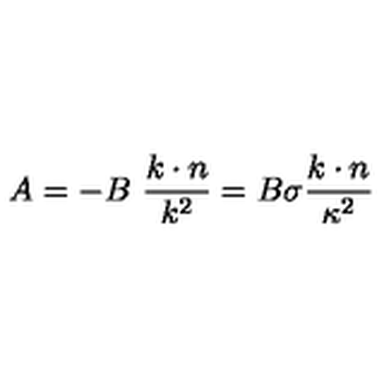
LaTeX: A = - B \ \frac { k \cdot n } { k ^ { 2 } } = B \sigma \frac { k \cdot n } { \kappa ^ { 2 } }